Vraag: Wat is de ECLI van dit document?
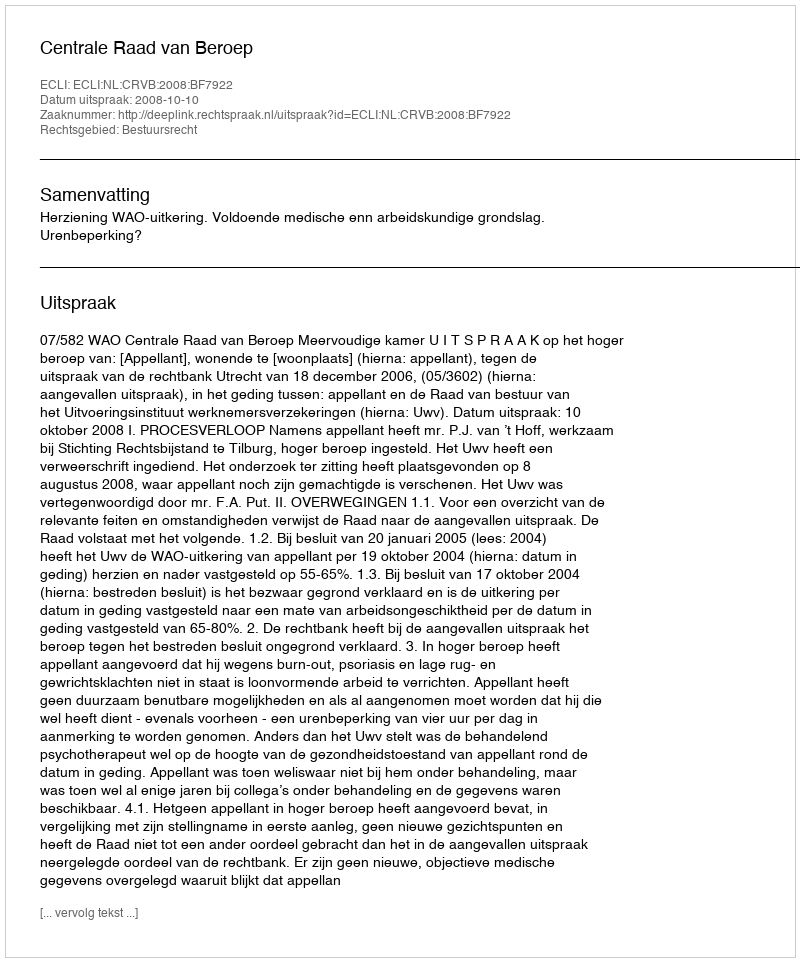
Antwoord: ECLI:NL:CRVB:2008:BF7922